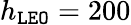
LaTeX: h_{\tt LEO}=200